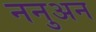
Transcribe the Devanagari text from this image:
ननुअन